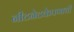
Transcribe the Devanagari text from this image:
नीटनेटकेपणाची